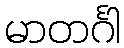
မာတင်္ဂါ